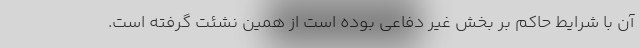
آن با شرایط حاکم بر بخش غیر دفاعی بوده است از همین نشئت گرفته است.